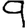
Digit: 9